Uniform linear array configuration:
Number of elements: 32
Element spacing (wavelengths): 0.5
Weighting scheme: kaiser
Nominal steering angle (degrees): -15
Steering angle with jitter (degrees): -13.781
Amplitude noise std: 0.05
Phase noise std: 0.05

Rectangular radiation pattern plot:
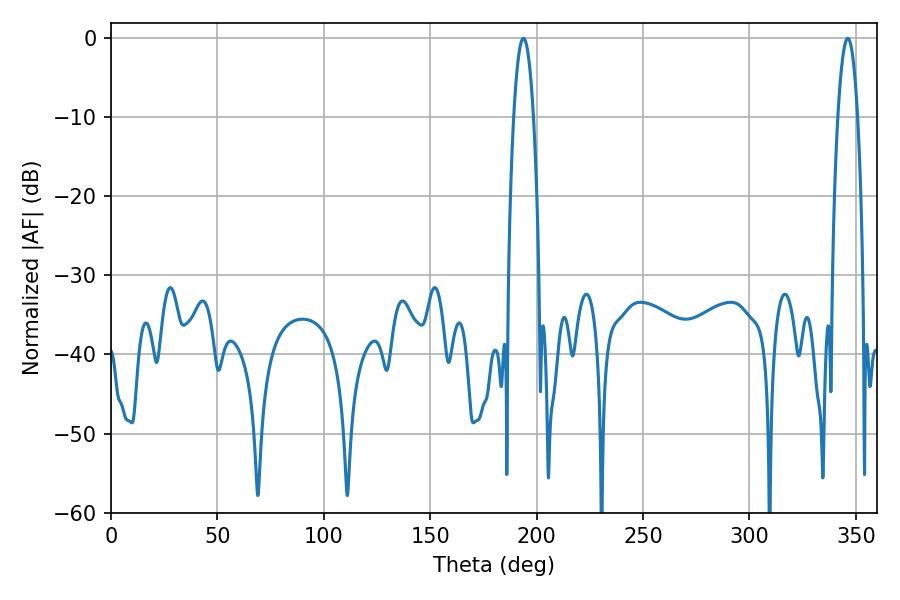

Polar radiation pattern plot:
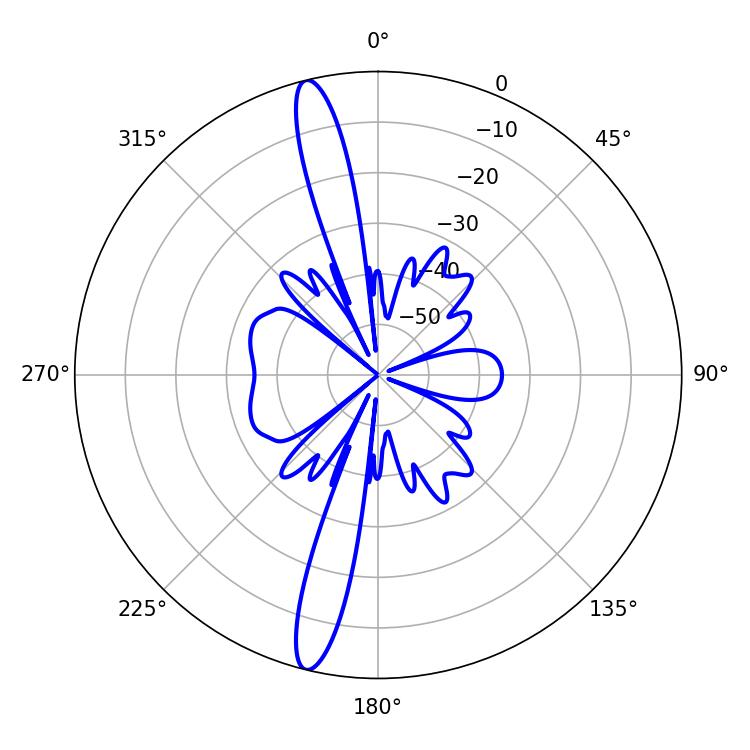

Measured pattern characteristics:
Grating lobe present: FALSE
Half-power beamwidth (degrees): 5.04
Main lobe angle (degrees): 193.86